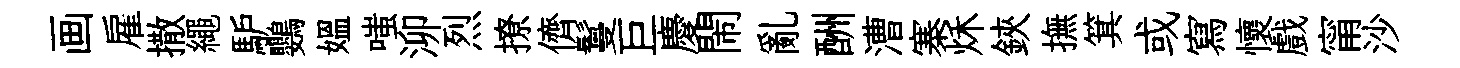
画雇撒繩馿鸚媪嗤泖烈撩儕鬘巨慶閙亂酬漕寨秌鋏撫箕或寫懷戲甯沙